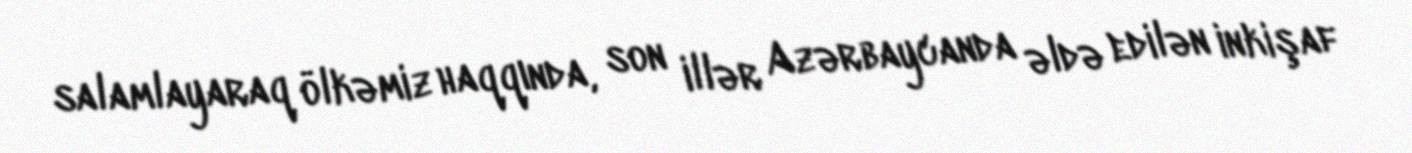
salamlayaraq ölkəmiz haqqında, son illər Azərbaycanda əldə edilən inkişaf